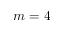
m = 4